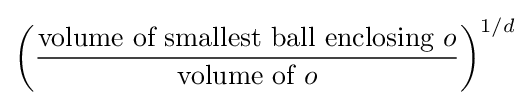
\left({\frac {{\text{volume of smallest ball enclosing}}\ o}{{\text{volume of}}\ o}}\right)^{1/d}